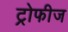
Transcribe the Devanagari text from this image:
ट्रोफीज